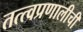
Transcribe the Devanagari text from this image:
तत्त्वप्रणालीची